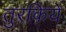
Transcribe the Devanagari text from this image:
तुरकिये